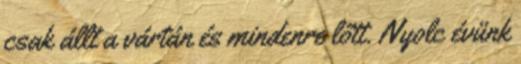
csak állt a vártán és mindenre lőtt. Nyolc évünk